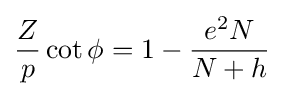
{\frac {Z}{p}}\cot \phi =1-{\frac {e^{2}N}{N+h}}